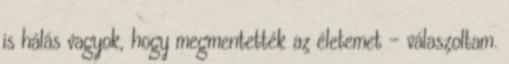
is hálás vagyok, hogy megmentették az életemet – válaszoltam.